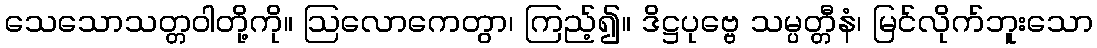
သေသောသတ္တဝါတို့ကို။ ဩလောကေတွာ၊ ကြည့်၍။ ဒိဋ္ဌပုဗ္ဗေ သမ္ပတ္တီနံ၊ မြင်လိုက်ဘူးသော